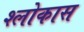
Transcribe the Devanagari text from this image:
श्लोकास